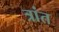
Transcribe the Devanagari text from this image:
त्रांत